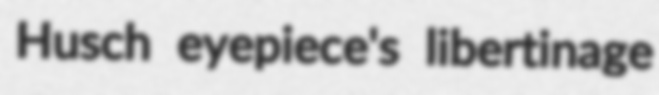
Husch eyepiece's libertinage